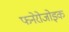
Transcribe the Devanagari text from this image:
फनेरोजोइक